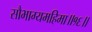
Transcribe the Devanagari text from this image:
सौभाग्यमहिमा॥१६॥